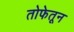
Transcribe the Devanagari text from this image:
तोफेतून